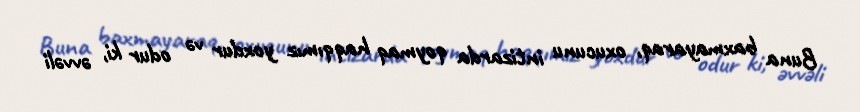
Buna baxmayaraq, oxucunu intizarda qoymaq haqqımız yoxdur və odur ki, əvvəli